Medical and sanitary report of the native army of Bengal for the year
Year: 1877
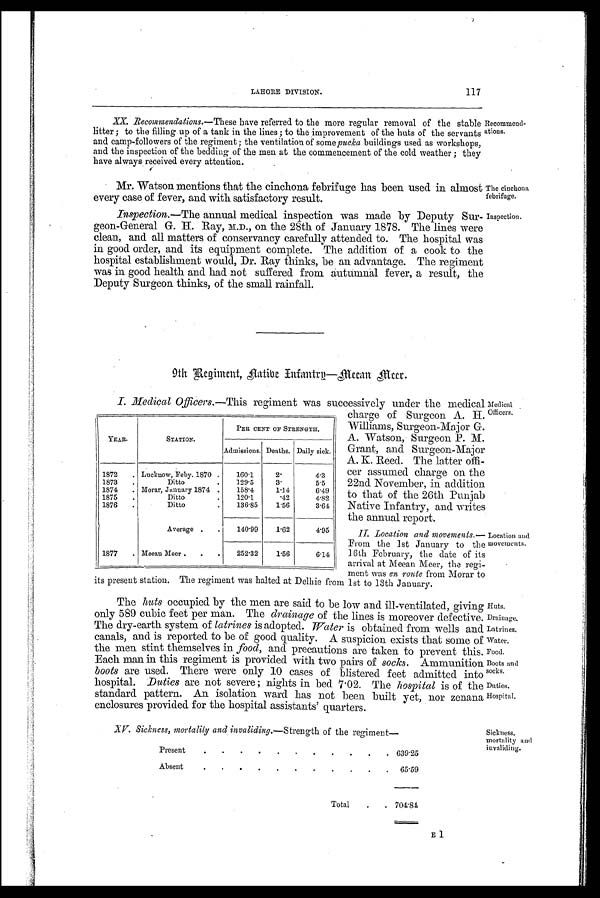
LAHORE DIVISION.
117
XX. Recommendations.—These
have referred to the more regular removal of the stable
litter ; to the filling up of a tank in the lines; to the improvement of the huts of the servants
and camp-followers of the regiment; the ventilation of some pucka buildings used as workshops,
and the inspection of the bedding of the men at the commencement of the cold weather ; they
have always received every attention.
Mr. Watson mentions that the cinchona febrifuge has been used in almost
every case of fever, and with satisfactory result.
Inspection.— The annual medical inspection was made by Deputy Sur-
geon-General G. H. Ray, M.D., on the 28th of January 1878. The lines were
clean, and all matters of conservancy carefully attended to. The hospital was
in good order, and its equipment complete. The addition of a cook to the
hospital establishment would, Dr. Ray thinks, be an advantage. The regiment
was in good health and had not suffered from autumnal fever, a result, the
Deputy Surgeon thinks, of the small rainfall.
Recommend-
ations.
The cinchona,
febrifuge.
Inspection.
9th Regiment, Aatibe Infantry—Meean Meer.
I. Medical Officers.— This regiment was successively under the medical
charge of Surgeon A. H.
Williams, Surgeon-Major G.
A. Watson, Surgeon P. M.
Grant, and Surgeon-Major
A. K. Reed. The latter offi-
cer assumed charge on the
22nd November, in addition
to that of the 26th Punjab
Native Infantry, and writes
the annual report.
II . Location and movements.—
From the 1st January to the
1 6 t h F e b r u a r y , t h e d a t e o f i t s
arrival at Meean Meer, the regi-
ment was en route from Morar to
its present station. The regiment was halted at Delhie from 1st to 13th January.
The huts occupied by the men are said to be low and ill-ventilated, giving
only 589 cubic feet per man. The drainage of the lines is moreover defective.
The dry-earth system of latrines is adopted. Water is obtained from wells and
canals, and. is reported to be of good quality. A suspicion exists that some of
the men stint themselves in food, and precautions are taken to prevent this.
Each man in this regiment is provided with two pairs of socks. Ammunition
boots are used. There were only 10 cases of blistered feet admitted into
hospital. Duties are not severe ; nights in bed 7.02. The hospital is of the
standard pattern. An isolation ward has not been built yet, nor zenana
enclosures provided for the hospital assistants' quarters.
XV. Sickness, mortality and invaliding.— Strength of the regiment
Present
.
.
.
.
.
.
.
.
.
.
. 639.25
Absent
.
.
.
.
.
.
.
.
.
.
.
65.59
Total
.
. 704.84
YEAR.
STATION.
PER CENT OF STRENGTH.
Admissions. Deaths. Daily sick.
1872
. Lucknow, Feby. 1870 .
160.1
2.
4.3
1873
.
Ditto
.
129.5
3.
5.5
1874
. Morar, January 1874 .
158.4
1.14
6.49
1875
.
Ditto
.
120.1
.42
4.82
1876
.
Ditto
.
136.85
1.56
3.64
Average .
.
140.99
1.62
4.95
1877
. Meean Meer .
.
.
252.32
1.56
6.14
Medical
Officers.
Location and
movements.
Huts.
Drainage,
Latrines.
Water.
Food.
Boots and
socks.
Duties.
Hospital.
Sickness,
mortality and
invaliding.
E1